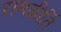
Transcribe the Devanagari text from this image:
रामकीर्ति